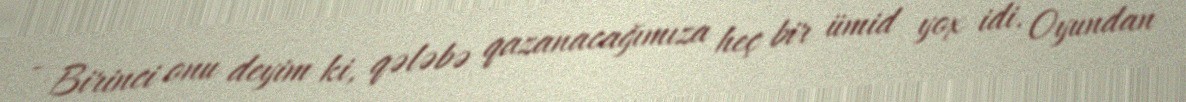
- Birinci onu deyim ki, qələbə qazanacağımıza heç bir ümid yox idi. Oyundan